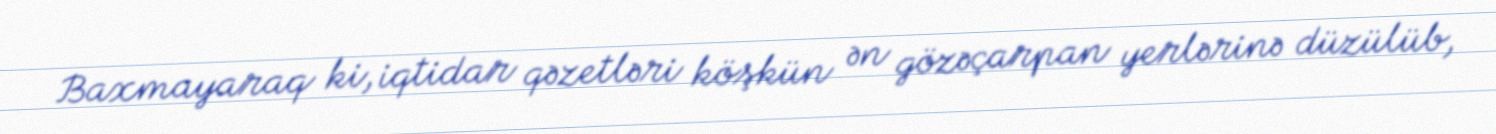
Baxmayaraq ki, iqtidar qəzetləri köşkün ən gözəçarpan yerlərinə düzülüb,